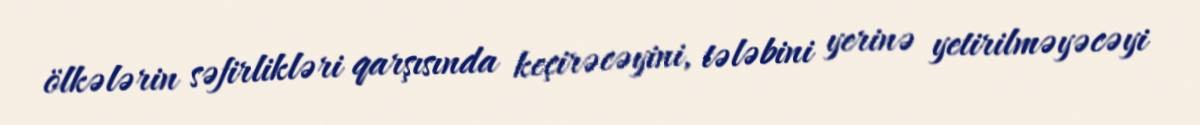
ölkələrin səfirlikləri qarşısında keçirəcəyini, tələbini yerinə yetirilməyəcəyi